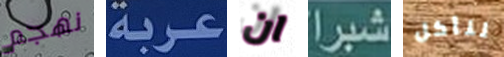
نهجم عربة ان شبرا لنأكل